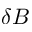
\delta B